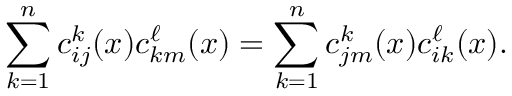
\sum _ { k = 1 } ^ { n } c _ { i j } ^ { k } ( x ) c _ { k m } ^ { \ell } ( x ) = \sum _ { k = 1 } ^ { n } c _ { j m } ^ { k } ( x ) c _ { i k } ^ { \ell } ( x ) .